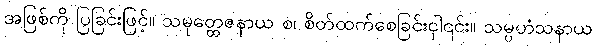
အဖြစ်ကို ပြခြင်းဖြင့်။ သမုတ္တေဇနာယ စ၊ စိတ်ထက်စေခြင်းငှါ၎င်း။ သမ္ပဟံသနာယ